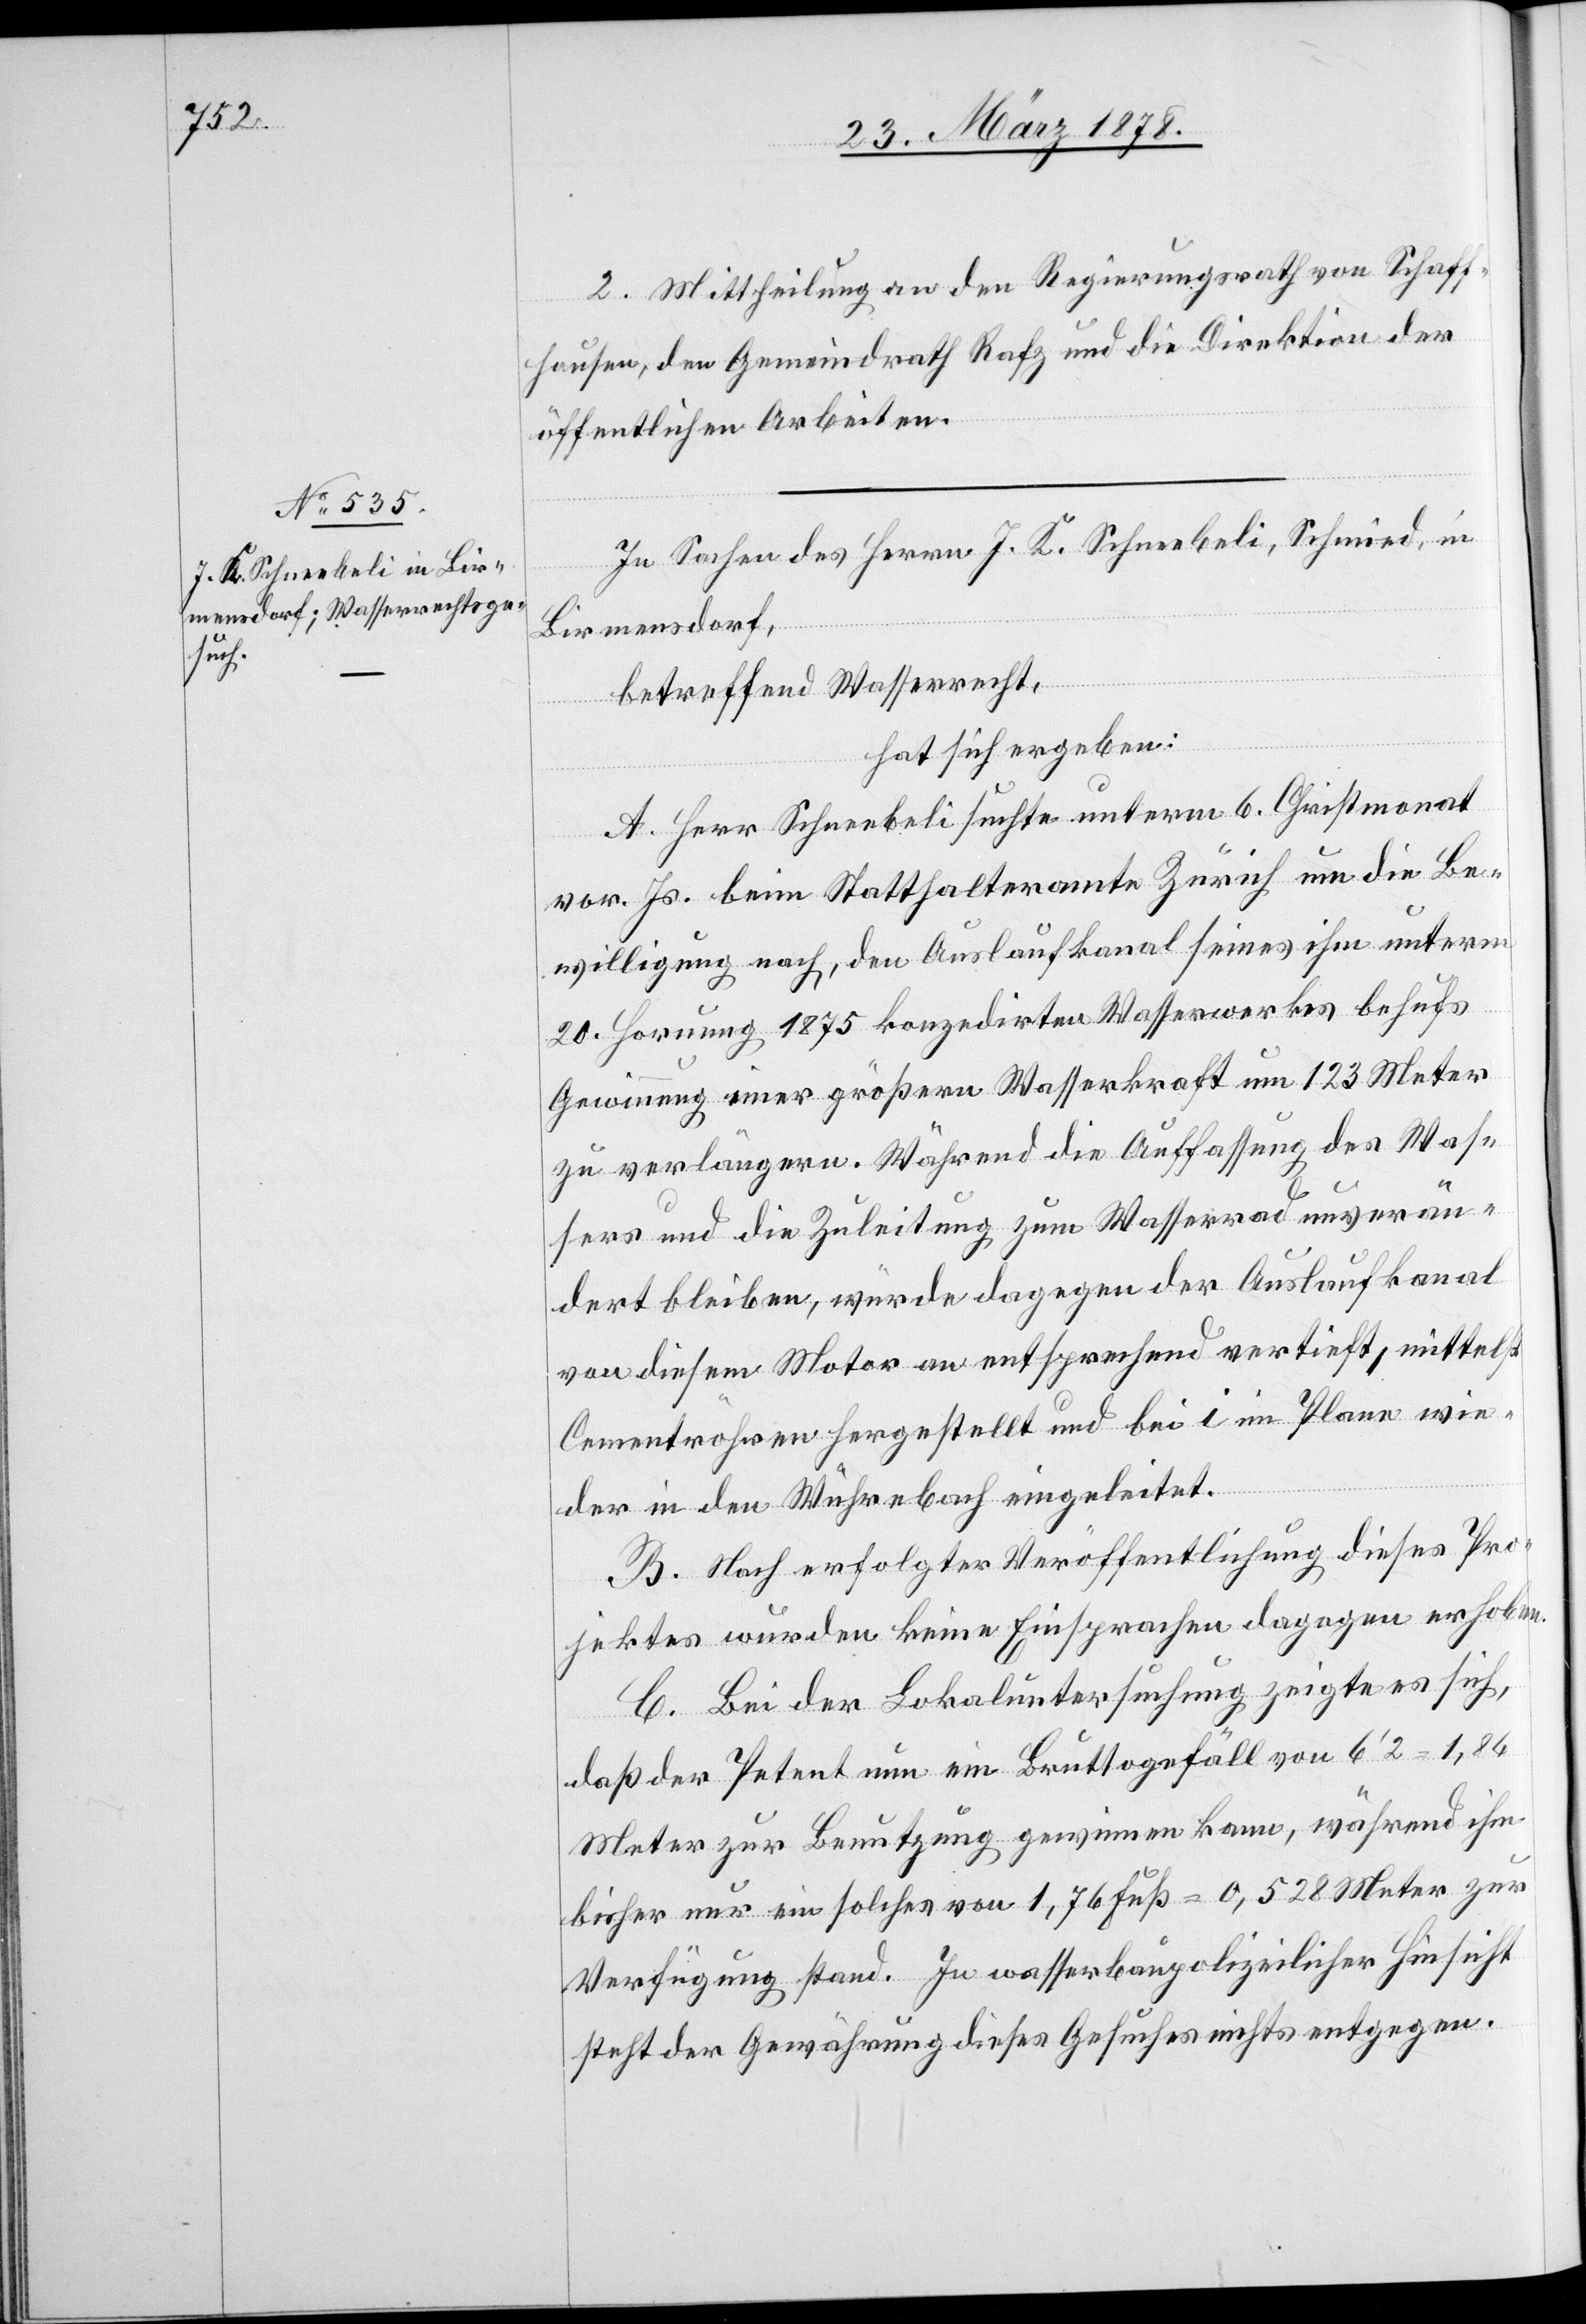
2. Mittheilung an den Regierungsrath von Schaff¬
hausen, den Gemeindrath Rafz und die Direktion der
öffentlichen Arbeiten.
In Sachen des Herrn J. K. Schneebeli, Schmied, in
Birmensdorf,
betreffend Wasserrecht,
hat sich ergeben:
A. Herr Schneebeli suchte unterm 6. Christmonat
vor. Js. beim Statthalteramte Zürich um die Be¬
willigung nach, den Auslaufkanal seines ihm unterm
st
20. Hornung 1875 konzedirten Wasserwerkes behufs
Gewinnung einer größern Wassekraft um 123 Meter
zu verlängern. Während die Auffassung des Was¬
sers und die Zuleitung zum Wasserrad unverän¬
dert bleiben, würde dagegen der Auslaufkanal
von diesem Motor an entsprechend vertieft, mittel¬
Cementröhren hergestellt und bei i im Plane wie¬
der in den Wührebach eingeleitet.
B. Nach erfolgter Veröffentlichung dieses Pro¬
jektes wurden keine Einsprachen dagegen erhoben.
C. Bei der Lokaluntersuchung zeigte es sich,
daß der Petent nun ein Bruttogefäll von 6’2 = 1,84
Meter zur Benutzung gewinnen kann, während ihm
bisher nur ein solches von 1,76 Fuß = 0,528 Meter zur
Verfügung stand. In wasserbaupolizeilicher Hinsicht
steht der Gewährung dieses Gesuches nichts entgegen.